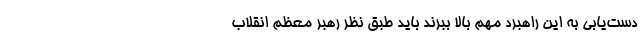
دست‌یابی به این راهبرد مهم بالا ببرند باید طبق نظر رهبر معظم انقلاب